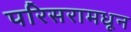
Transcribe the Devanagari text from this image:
परिसरामधून